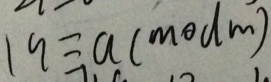
1 9 \equiv a ( m o d m )